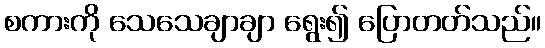
စကားကို သေသေချာချာ ရွေး၍ ပြောတတ်သည်။